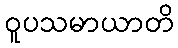
ဝူပသမာယာတိ